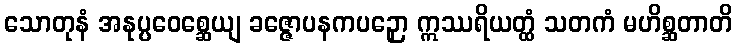
သောတုနံ အနုပ္ပဝေစ္ဆေယျ ခဇ္ဇောပနကပဉှော ဣဿရိယတ္ထံ သတကံ မဟိစ္ဆတာတိ